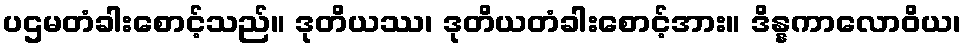
ပဌမတံခါးစောင့်သည်။ ဒုတိယဿ၊ ဒုတိယတံခါးစောင့်အား။ ဒိန္နကာလောဝိယ၊